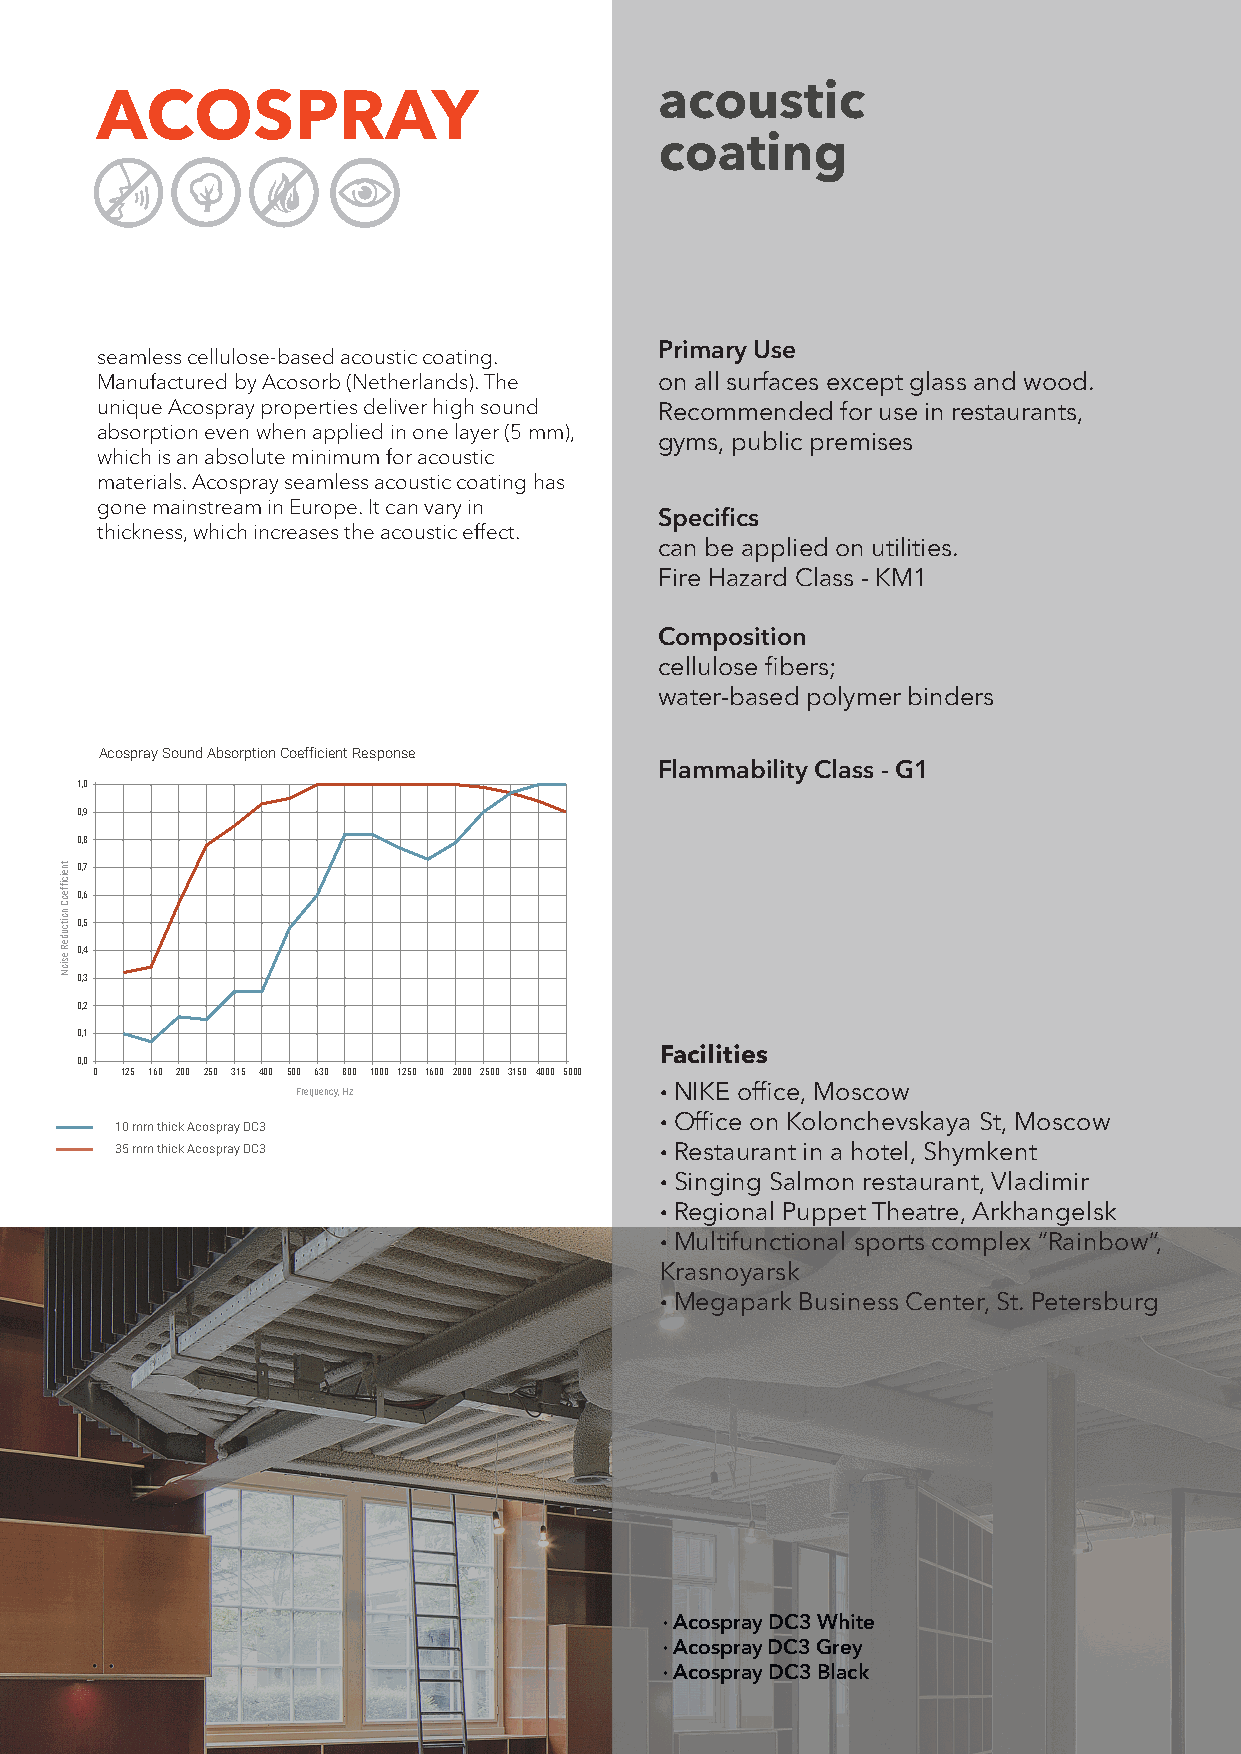
acoustic
 ACOSPRAY
 coating
 Primary Use
 seamless cellulose-based acoustic coating.
 Manufactured by Acosorb (Netherlands). The on all surfaces except glass and wood.
 unique Acospray properties deliver high sound Recommended for use in restaurants,
 absorption even when applied in one layer (5 mm),
 gyms, public premises
 which is an absolute minimum for acoustic
 materials. Acospray seamless acoustic coating has
 gone mainstream in Europe. It can vary in
 Specifics
 thickness, which increases the acoustic effect.
 can be applied on utilities.
 Fire Hazard Class - KM1
 Composition
 cellulose fibers;
 water-based polymer binders
 Acospray Sound Absorption Coefficient Response
 Flammability Class - G1
 1,0
 0,9
 0,8
 tneiciffeoC
 noitcudeR
 esioN
 00000 ,,,,, 34567
 0,2
 0,1
 Facilities
 0,0
 0 125 160 200 250 315 400 500 630 800 1000 1250 1600 2000 2500 3150 4000 5000
 Frequency, Hz           · NIKE office, Moscow
 · Office on Kolonchevskaya St, Moscow
 10 mm thick Acospray DC3
 35 mm thick Acospray DC3            · Restaurant in a hotel, Shymkent
 · Singing Salmon restaurant, Vladimir
 · Regional Puppet Theatre, Arkhangelsk
 · Multifunctional sports complex “Rainbow”,
 Krasnoyarsk
 · Megapark Business Center, St. Petersburg
 · Acospray DC3 White
 · Acospray DC3 Grey
 · Acospray DC3 Black